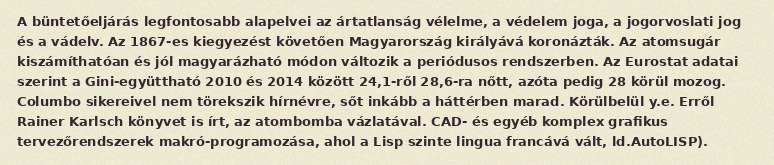
A büntetőeljárás legfontosabb alapelvei az ártatlanság vélelme, a védelem joga, a jogorvoslati jog és a vádelv. Az 1867-es kiegyezést követően Magyarország királyává koronázták. Az atomsugár kiszámíthatóan és jól magyarázható módon változik a periódusos rendszerben. Az Eurostat adatai szerint a Gini-együttható 2010 és 2014 között 24,1-ről 28,6-ra nőtt, azóta pedig 28 körül mozog. Columbo sikereivel nem törekszik hírnévre, sőt inkább a háttérben marad. Körülbelül y.e. Erről Rainer Karlsch könyvet is írt, az atombomba vázlatával. CAD- és egyéb komplex grafikus tervezőrendszerek makró-programozása, ahol a Lisp szinte lingua francává vált, ld.AutoLISP).